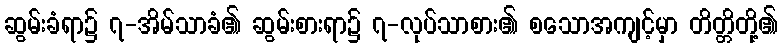
ဆွမ်းခံရာ၌ ၇-အိမ်သာခံ၏ ဆွမ်းစားရာ၌ ၇-လုပ်သာစား၏ စသောအကျင့်မှာ တိတ္တိတို့၏